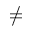
\neq